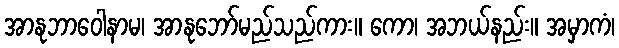
အာနုဘာဝေါနာမ၊ အာနုဘော်မည်သည်ကား။ ကော၊ အဘယ်နည်း။ အမှာကံ၊